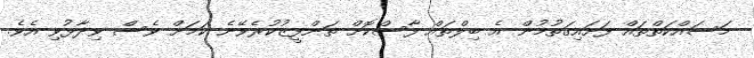
މަސައްކަތްތައް ފަށައިގަތުމުން އެ ބިލްތައް ފާސްކޮށް ތަންފީޒުކުރެވޭނެ ކަމަށް ވެސް ވިދާޅުވި އެވެ.